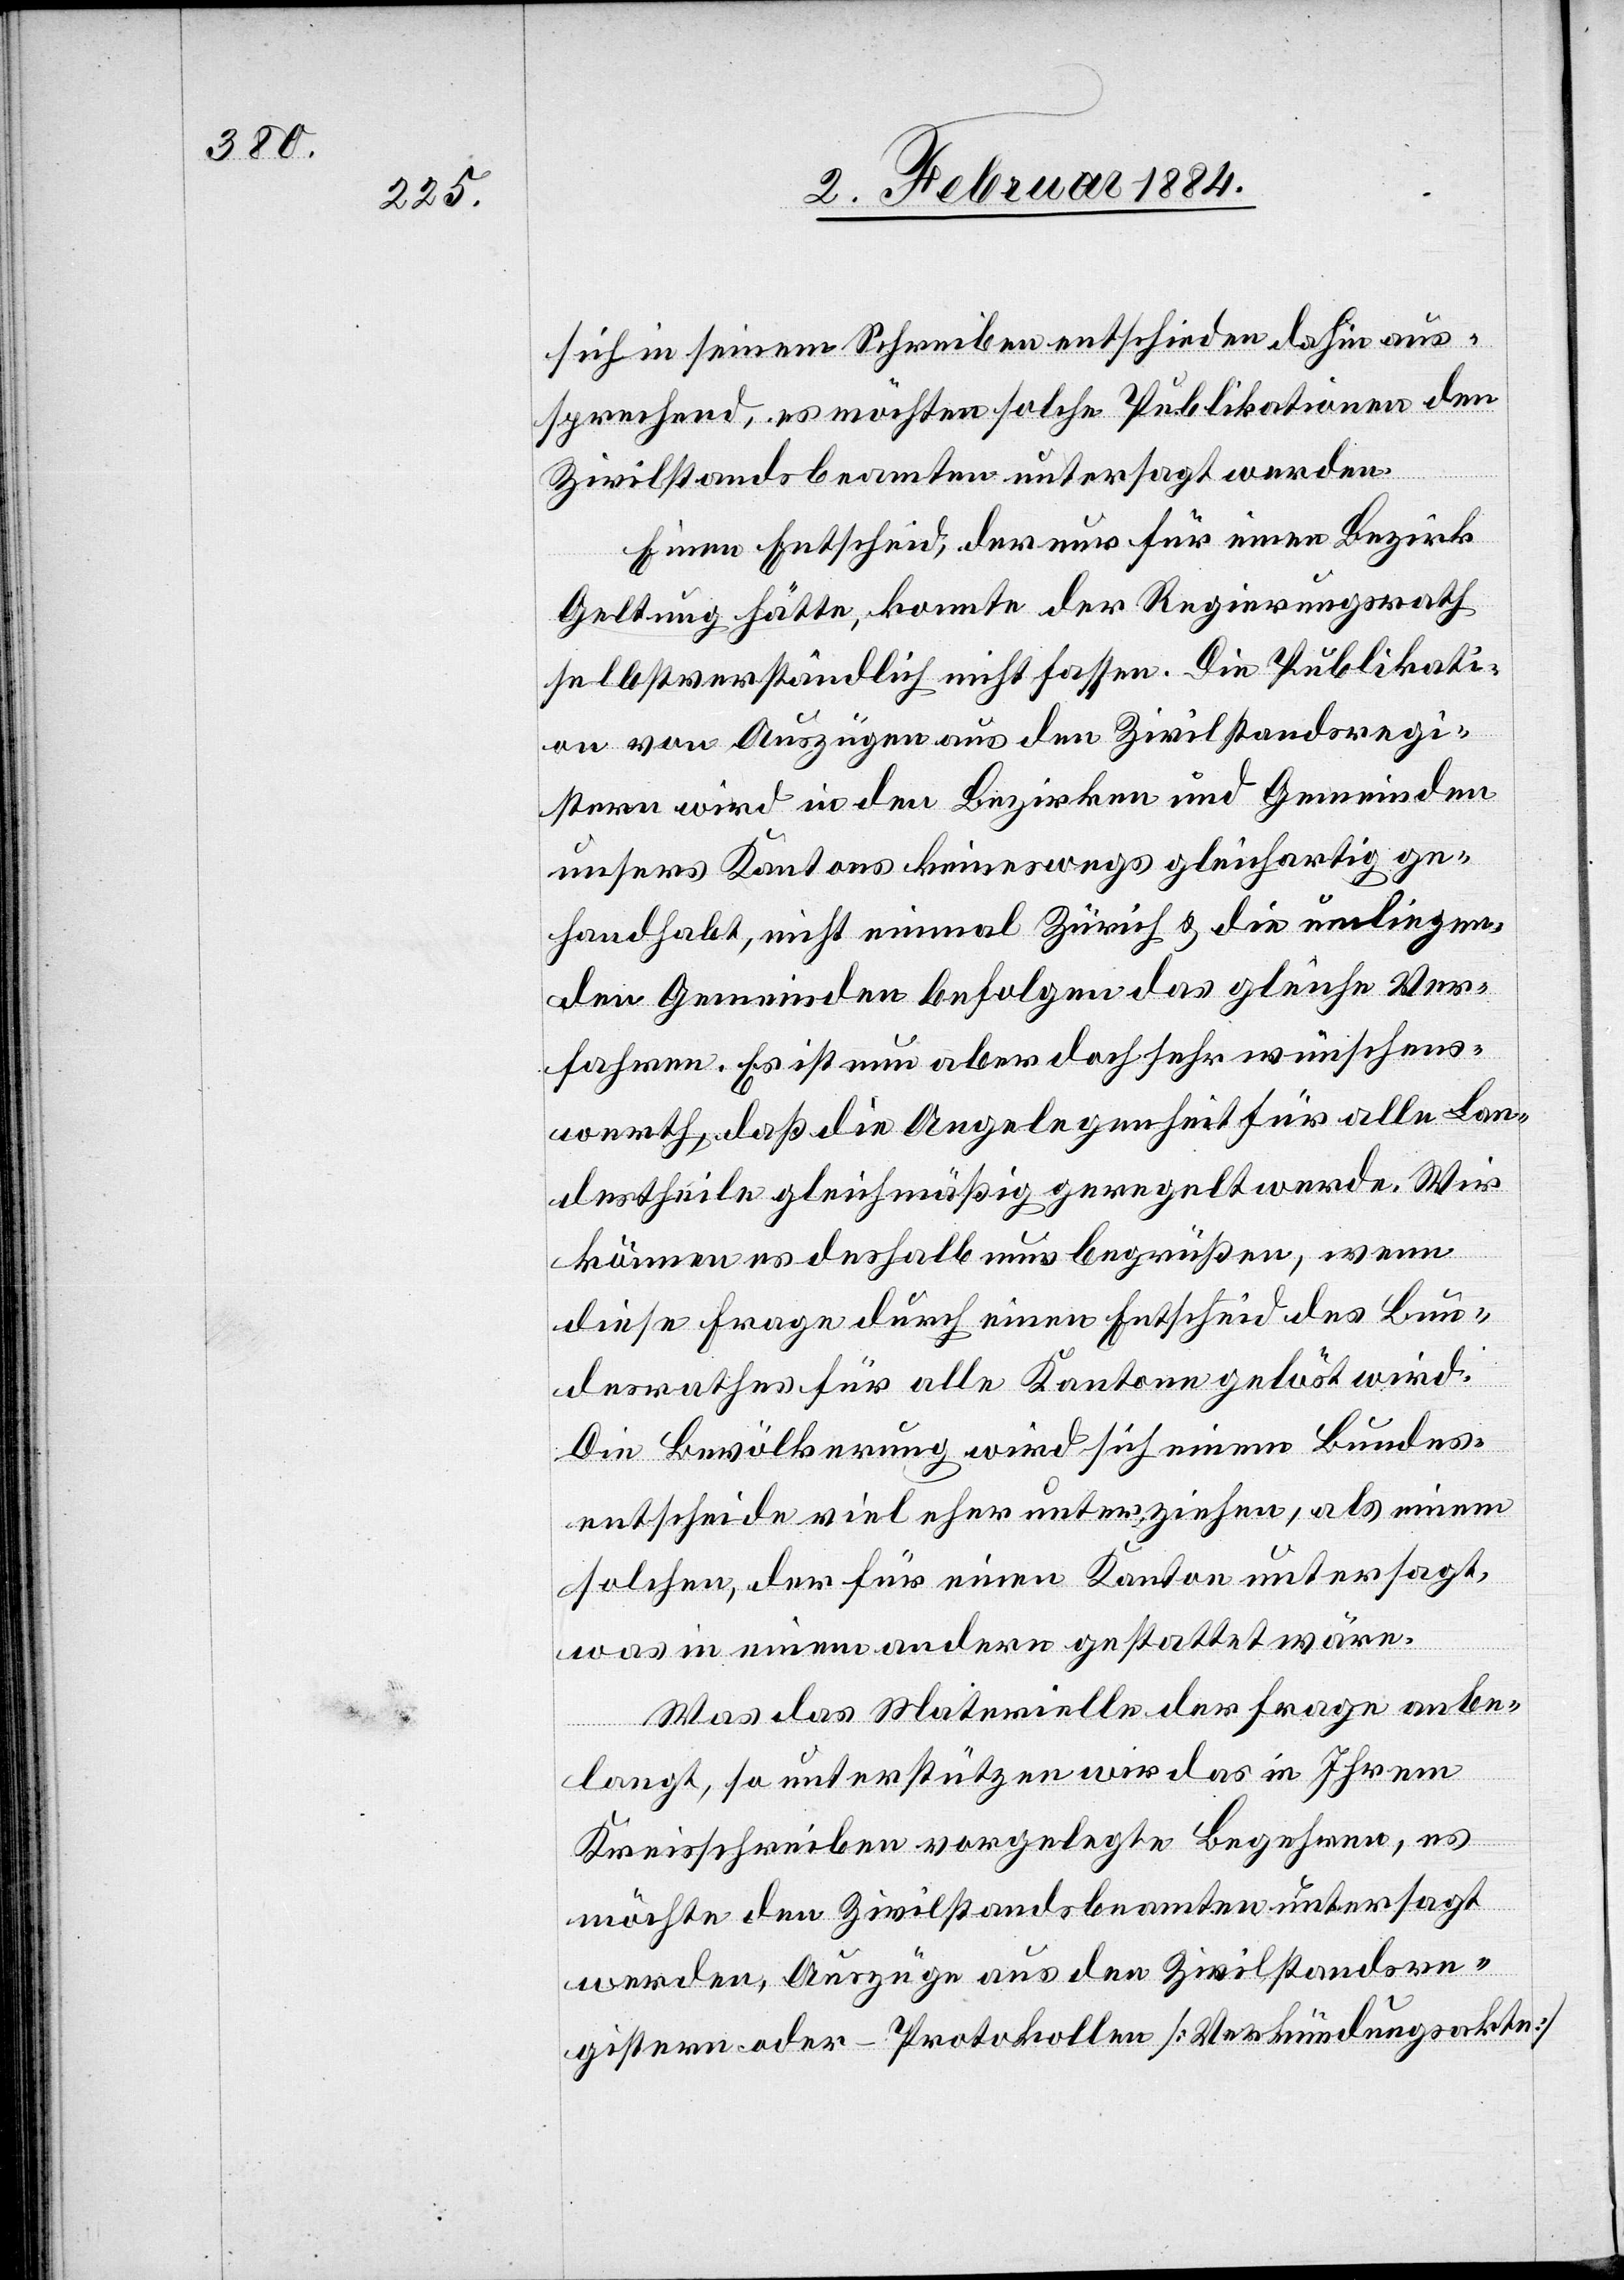
sich in seinem Schreiben entschieden dahin aus¬
sprechend, es möchten solche Publikationen den
Zivilstandesbeamten untersagt werden.
Einen Entscheid, der nur für einen Bezirk
Geltung hätte, konnte der Regierungsrath
selbstverständlich nicht fassen. Die Publikati¬
on von Auszügen aus den Zivilstandesregi¬
stern wird in den Bezirken und Gemeinden
unseres Kantons keineswegs gleichartig ge¬
handhabt, nicht einmal Zürich & die umliegen¬
den Gemeinden befolgen das gleiche Ver¬
fahren. Es ist nun aber doch sehr wünschens¬
werth, daß die Angelegenheit für alle Lan¬
destheile gleichmäßig geregelt werde. Wir
können es deshalb nur begrüßen, wenn
diese Frage durch einen Entscheid des Bun¬
desrathes für alle Kantone gelöst wird.
Die Bevölkerung wird sich einem Bundes¬
entscheide viel eher unterziehen, als einem
solche, der für einen Kanton untersagt,
was in einem andern gestattet wäre.
Was das Materielle der Frage anbe¬
langt, so unterstützen wir das in Ihrem
Kreisschreiben vorgelegte Begehren, es
möchte den Zivilstandesbeamten untersagt
werden, Auszüge aus den Zivilstandesre¬
gistern oder Protokollen [Verkündungsakten]